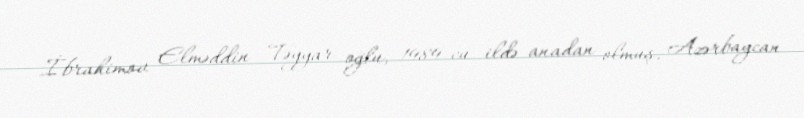
İbrahimov Elməddin Təyyar oğlu, 1989-cu ildə anadan olmuş, Azərbaycan